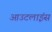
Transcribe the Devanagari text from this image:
आउटलाइंस